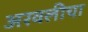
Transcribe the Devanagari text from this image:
अरवलीचा